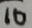
1 0